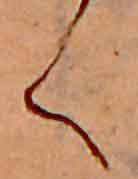
く